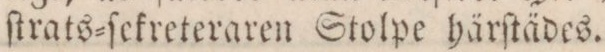
ſtrats=ſekreteraren Stolpe härſtädes.